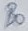
Text: B0